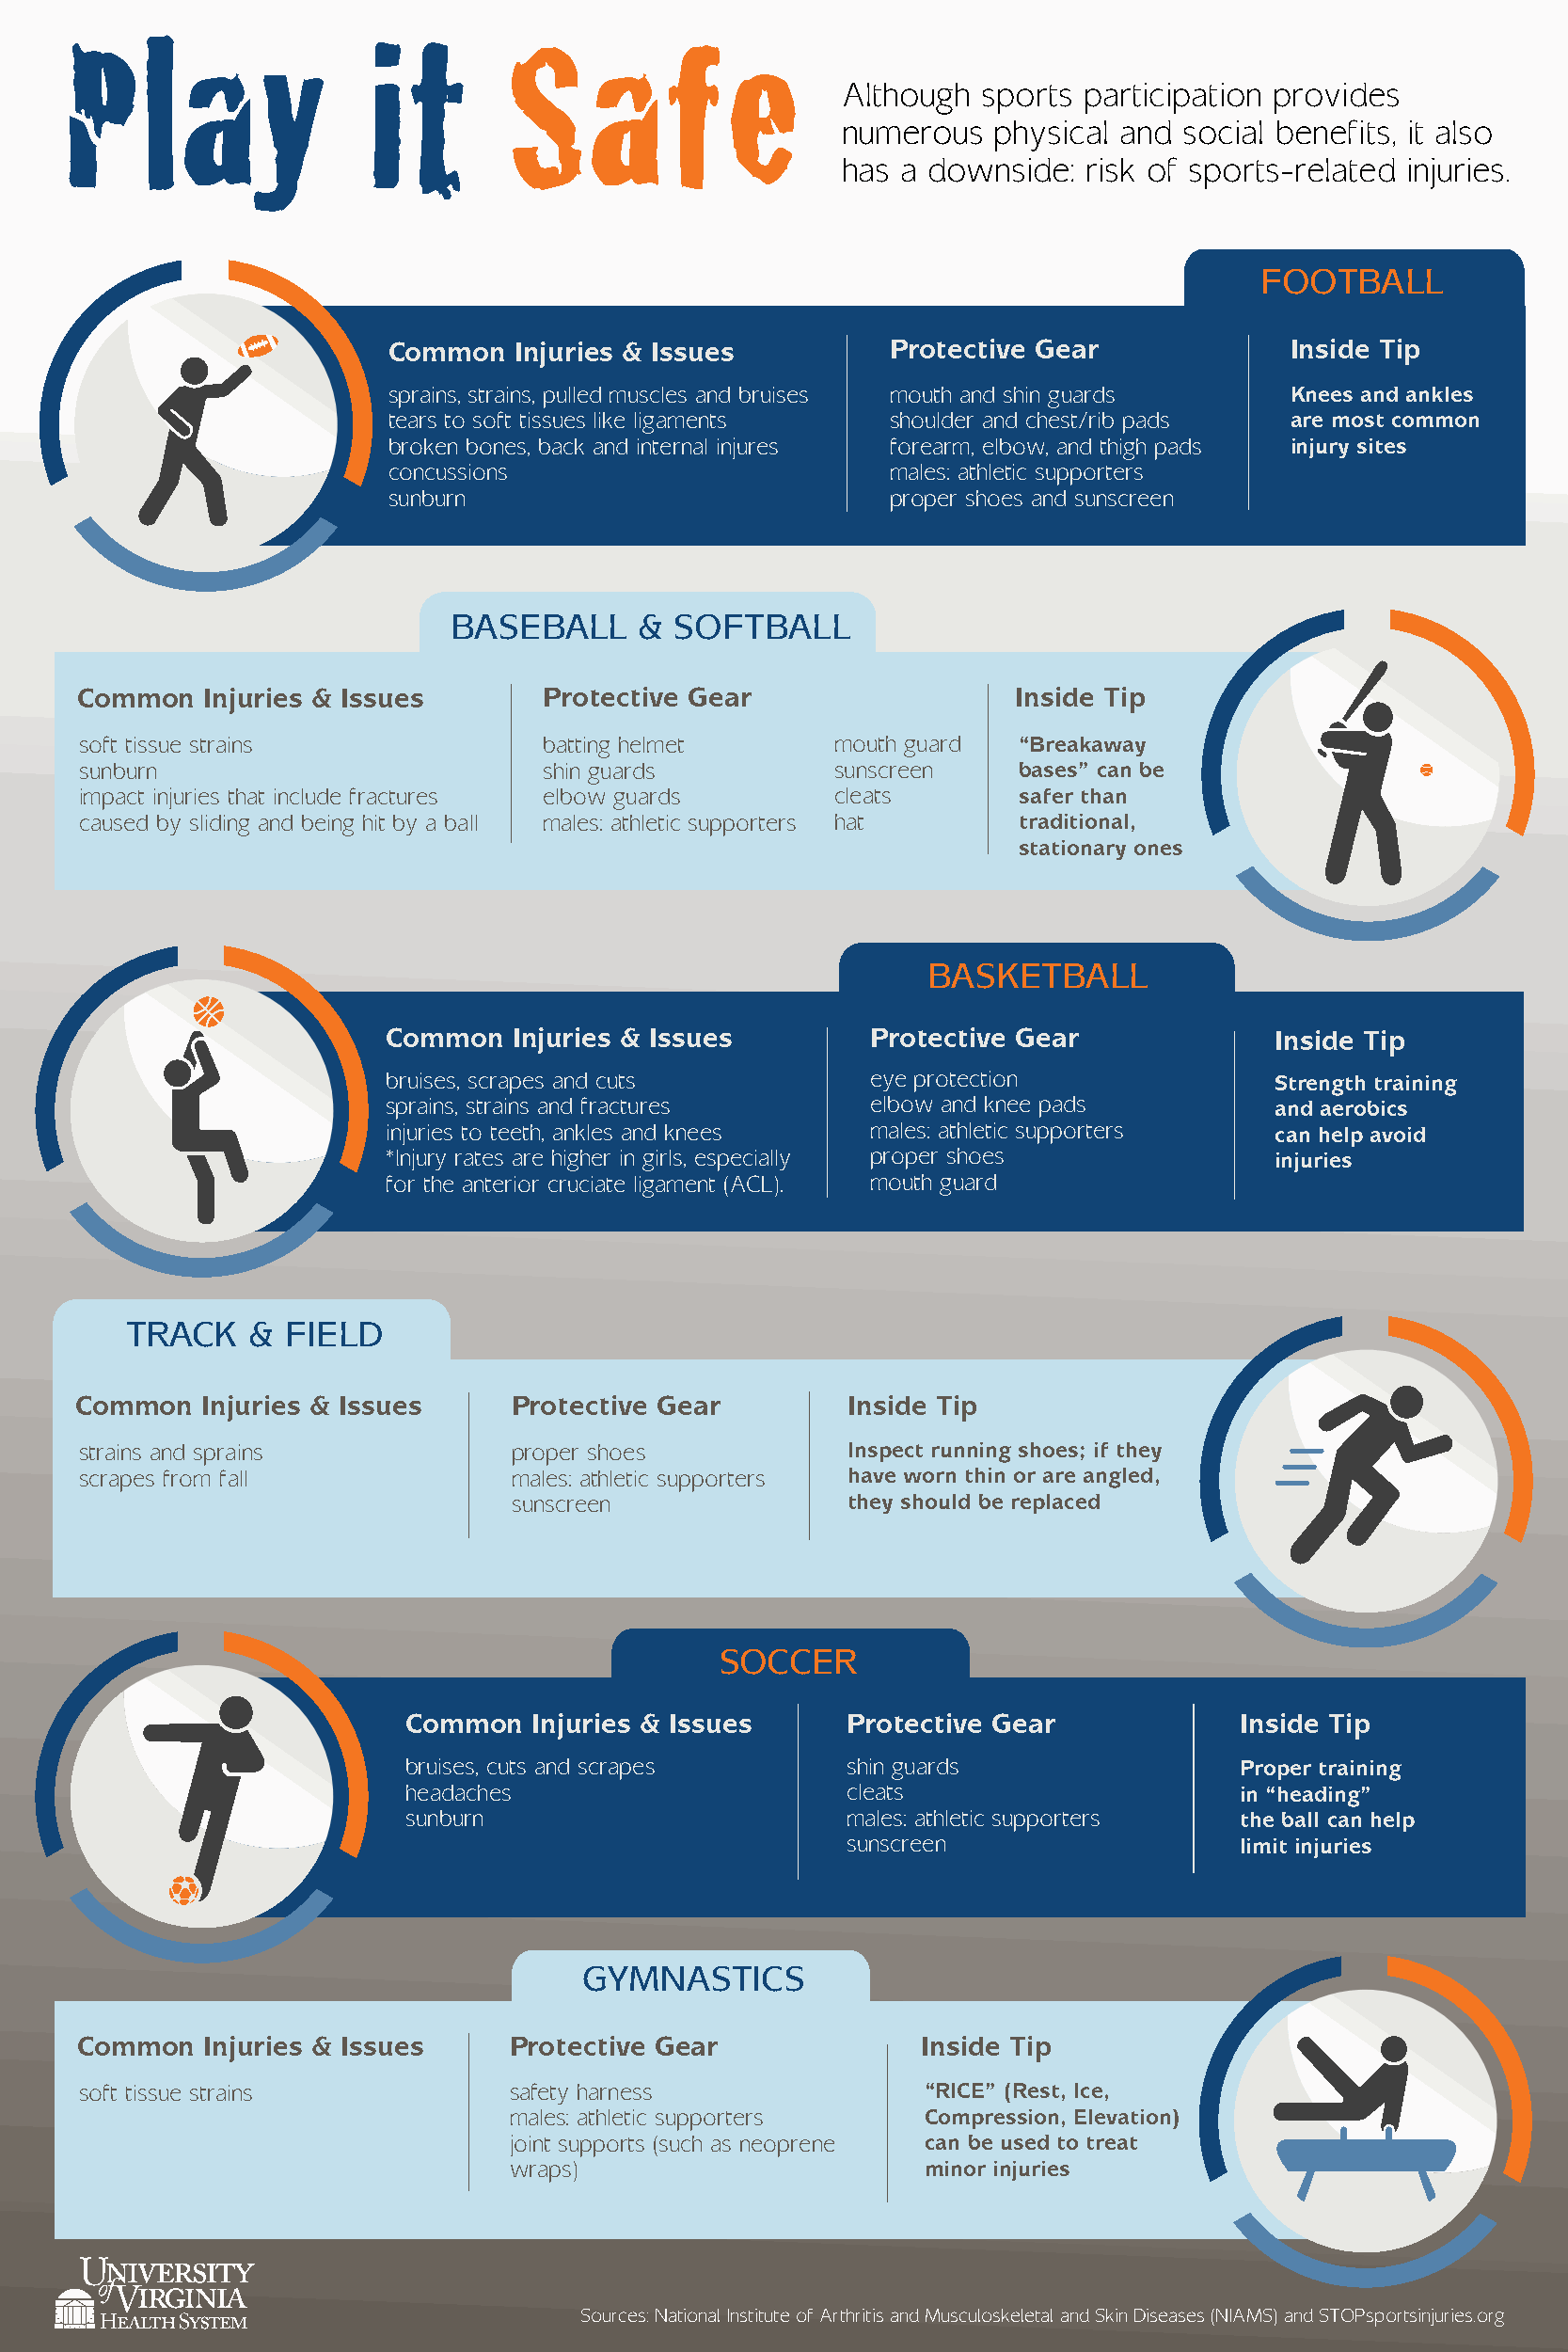
Play                 it        Safe
 Although  sports participation provides
 numerous   physical and social benefits, it also
 has a downside:  risk of sports-related injuries.
 FOOTBALL
 Common   Injuries & Issues          Protective Gear             Inside Tip
 sprains, strains, pulled muscles and bruises mouth and shin guards Knees and ankles
 tears to soft tissues like ligaments shoulder and chest/rib pads are most common
 broken bones, back and internal injures forearm, elbow, and thigh pads injury sites
 concussions                         males: athletic supporters
 sunburn                             proper shoes and sunscreen
 BASEBALL     & SOFTBALL
 Common   Injuries & Issues       Protective Gear                  Inside Tip
 soft tissue strains             batting helmet       mouth guard  “Breakaway
 sunburn                         shin guards          sunscreen    bases” can be
 impact injuries that include fractures elbow guards  cleats       safer than
 caused by sliding and being hit by a ball males: athletic supporters hat traditional,
 stationary ones
 BASKETBALL
 Common   Injuries & Issues        Protective Gear              Inside Tip
 bruises, scrapes and cuts         eye protection               Strength training
 sprains, strains and fractures    elbow and knee pads          and aerobics
 injuries to teeth, ankles and knees males: athletic supporters can help avoid
 *Injury rates are higher in girls, especially proper shoes     injuries
 for the anterior cruciate ligament (ACL). mouth guard
 TRACK    & FIELD
 Common   Injuries & Issues     Protective Gear         Inside Tip
 strains and sprains           proper shoes            Inspect running shoes; if they
 scrapes from fall             males: athletic supporters have worn thin or are angled,
 sunscreen               they should be replaced
 SOCCER
 Common  Injuries & Issues      Protective Gear            Inside Tip
 bruises, cuts and scrapes      shin guards                Proper training
 headaches                      cleats                     in “heading”
 sunburn                        males: athletic supporters the ball can help
 sunscreen                  limit injuries
 GYMNASTICS
 Common   Injuries & Issues     Protective Gear              Inside Tip
 soft tissue strains           safety harness               “RICE” (Rest, Ice,
 males: athletic supporters   Compression, Elevation)
 joint supports (such as neoprene can be used to treat
 wraps)                       minor injuries
 Sources: National Institute of Arthritis and Musculoskeletal and Skin Diseases (NIAMS) and STOPsportsinjuries.org